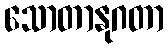
သောတာနုဂတာ